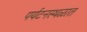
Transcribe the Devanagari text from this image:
पर्यटनस्थळात